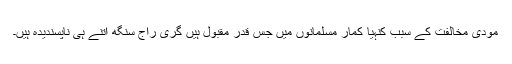
مودی مخالفت کے سبب کنہیا کمار مسلمانوں میں جس قدر مقبول ہیں گری راج سنگھ اتنے ہی ناپسندیدہ ہیں۔